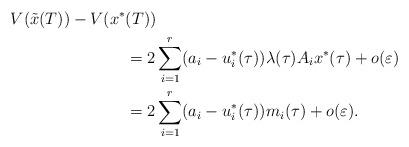
LaTeX: \begin{align*}V(\tilde{x}(T))-V(x^*&(T)) \\ &= 2\sum_{i=1}^r (a_i-u_i^*(\tau))\lambda(\tau)A_i x^*(\tau) + o(\varepsilon) \\ &= 2\sum_{i=1}^r (a_i-u_i^*(\tau))m_i(\tau) + o(\varepsilon).\end{align*}